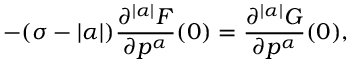
- ( \sigma - | \alpha | ) \frac { \partial ^ { | \alpha | } F } { \partial p ^ { \alpha } } ( 0 ) = \frac { \partial ^ { | \alpha | } G } { \partial p ^ { \alpha } } ( 0 ) ,